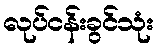
လုပ်ငန်းခွင်သုံး